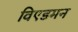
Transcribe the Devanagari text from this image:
विएडमन